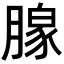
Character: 𬂎